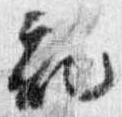
記